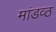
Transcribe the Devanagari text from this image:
मांडव्ठ